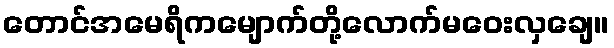
တောင်အမေရိကမျောက်တို့လောက်မဝေးလှချေ။